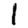
Digit: 1